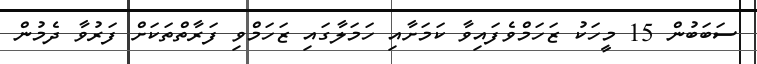
ސަބަބުން 15 މީހަކު ޒަހަމްވެފައިވާ ކަމަށާއި ހަމަލާގައި ޒަހަމްވި ފަރާތްތަކަށް ފަރުވާ ދެމުން